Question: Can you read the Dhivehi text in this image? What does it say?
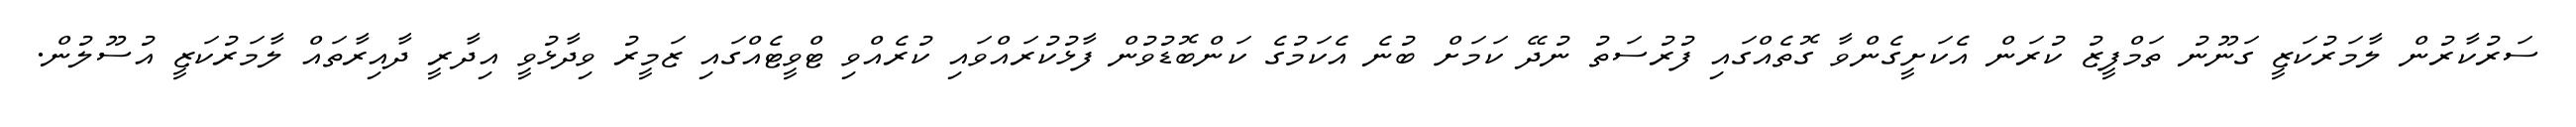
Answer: ސަރުކާރުން ލާމަރުކަޒީ ގަނޫނު ތަމްފީޒު ކުރަން އެކަށީގެންވާ ގޮތެއްގައި ފުރުސަތު ނުދޭ ކަމަށް ބުނެ އެކަމުގެ ކަންބޮޑުވުން ފާޅުކުރައްވައި ކުރެއްވި ޓްވީޓެއްގައި ޒަމީރު ވިދާޅުވީ އިދާރީ ދާއިރާތައް ލާމަރުކަޒީ އުސޫލުން.